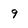
Character: 9